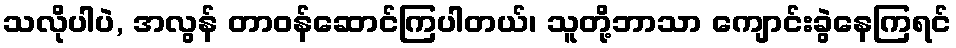
သလိုပါပဲ, အလွန် တာဝန်ဆောင်ကြပါတယ်၊ သူတို့ဘာသာ ကျောင်းခွဲနေကြရင်